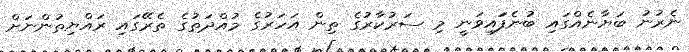
ނެރުނު ބަޔާނެއްގައި ބުނެފަައިވަނީ މި ސަރުކާރުގެ ތިން އަހަރުގެ މުއްދަތުގެ ތެރޭގައި ރައްޔިތުންނަށް